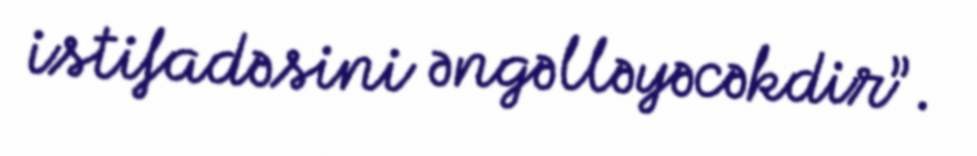
istifadəsini əngəlləyəcəkdir”.